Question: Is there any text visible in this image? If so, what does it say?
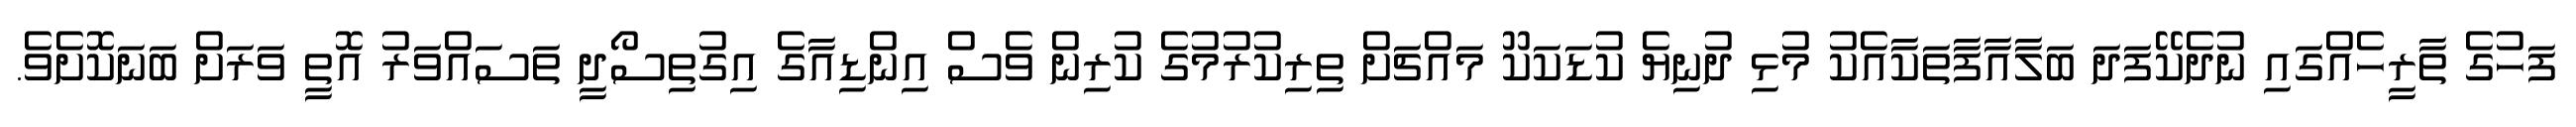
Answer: ފަހުގެ ތާރީހެއްގައި ނުދެކޭފަދަ ބަލާއާފާތަކާއެކު މުޅި ދުނިޔެ ކުޑަކަކޫ މައްޗަށް ތިރިކުރުމުގެ ކުރިން ވެސް އިންޑިއާގެ އިގުތިސޯދީ ތަސައްވަރު އޮތީ ވަރަށް ބަނަކޮށެވެ.